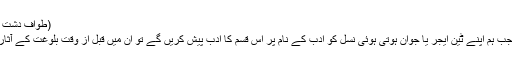
(طوافِ دشت جنوں صفحہ ۲۷، ۲۸)
ظاہر سی بات ہے کہ جب ہم اپنے ٹین ایجر یا جوان ہوتی ہوئی نسل کو ادب کے نام پر اس قسم کا ادب پیش کریں گے تو ان میں قبل از وقت بلوغت کے آثار پیدا ہونے لازمی ہیں۔